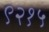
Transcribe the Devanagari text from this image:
९२१५